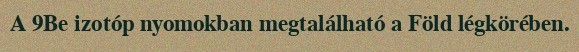
A 9Be izotóp nyomokban megtalálható a Föld légkörében.